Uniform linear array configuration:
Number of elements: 8
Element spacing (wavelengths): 0.75
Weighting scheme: binomial
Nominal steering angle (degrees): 0
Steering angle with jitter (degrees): -0.7884
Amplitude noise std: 0.05
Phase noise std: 0.05

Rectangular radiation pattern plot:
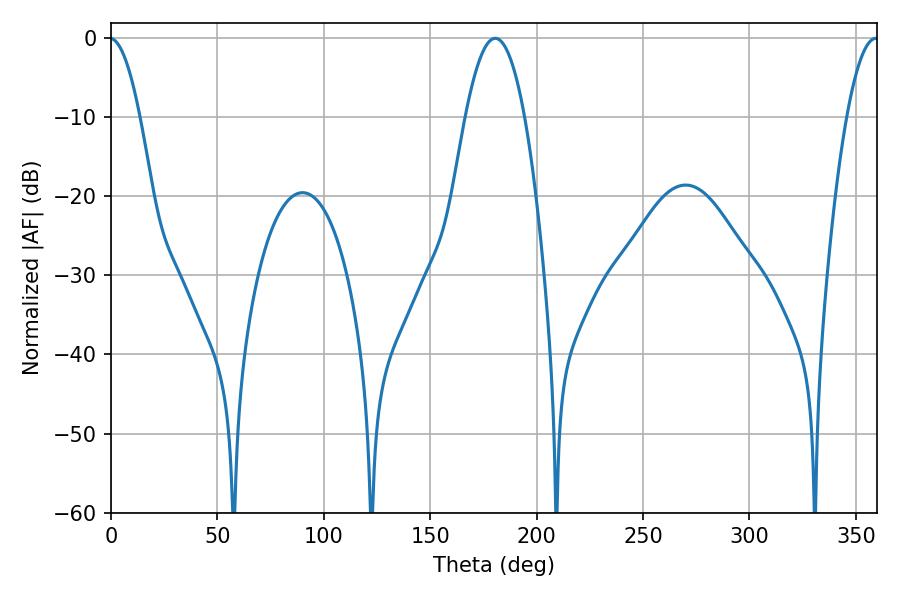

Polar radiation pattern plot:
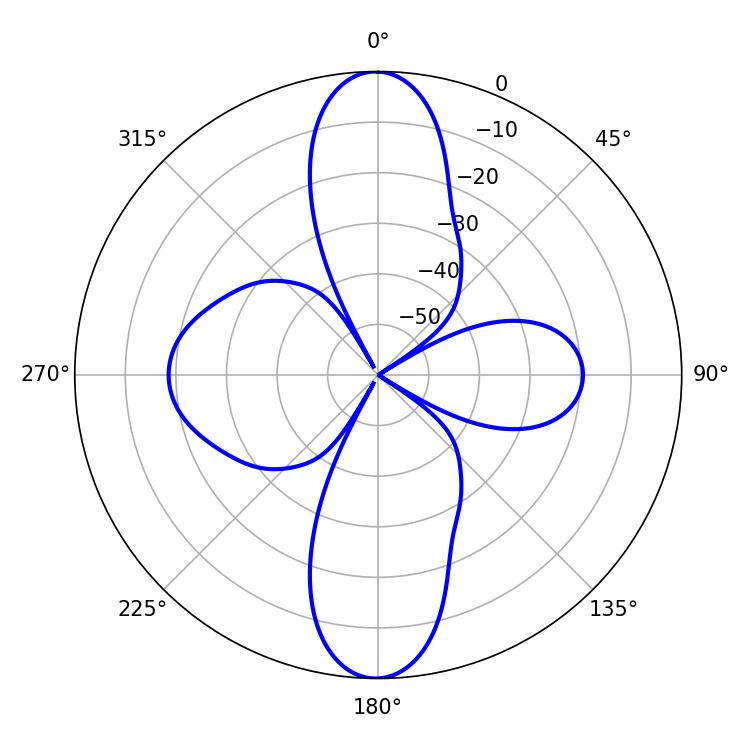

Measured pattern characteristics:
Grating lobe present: TRUE
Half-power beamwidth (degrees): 15.3
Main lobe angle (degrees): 180.54